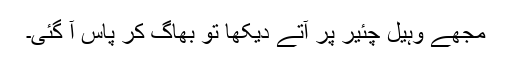
مجھے وہیل چئیر پر آتے دیکھا تو بھاگ کر پاس آ گئی۔